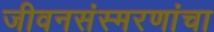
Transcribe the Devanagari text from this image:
जीवनसंस्मरणांचा